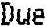
DUE